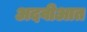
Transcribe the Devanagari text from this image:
अदवीआत